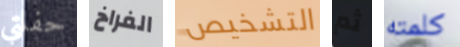
حفلتي الفراخ التشخيص ثم كلمته